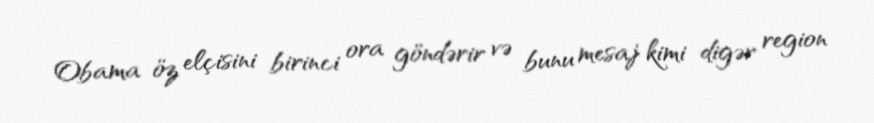
Obama öz elçisini birinci ora göndərir və bunu mesaj kimi digər region